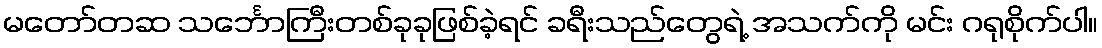
မတော်တဆ သင်္ဘောကြီးတစ်ခုခုဖြစ်ခဲ့ရင် ခရီးသည်တွေရဲ့ အသက်ကို မင်း ဂရုစိုက်ပါ။